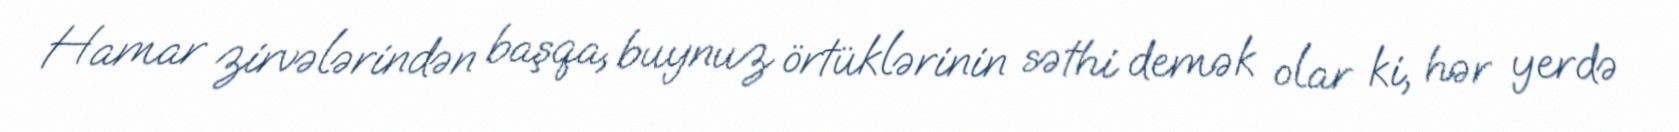
Hamar zirvələrindən başqa, buynuz örtüklərinin səthi demək olar ki, hər yerdə